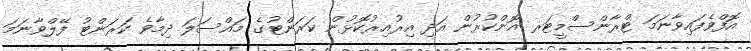
އޮފްވެފައިވާނަމަ ޓްރާންސްމީޓަރ އޮންކުރުން އަދި އިރުއިރުކޮޅުން ކަރަންޓުގެ މައްސަލަ ދިމާވެ ކަރަންޓު ފޭލްވާނަމަ